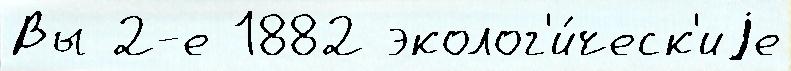
Вы 2-е 1882 эколог'и́ческ'иjе